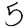
Digit: 5